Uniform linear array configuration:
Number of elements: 12
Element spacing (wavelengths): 0.25
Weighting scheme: cosine
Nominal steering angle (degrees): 45
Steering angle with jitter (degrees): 43.87
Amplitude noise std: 0.05
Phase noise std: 0.05

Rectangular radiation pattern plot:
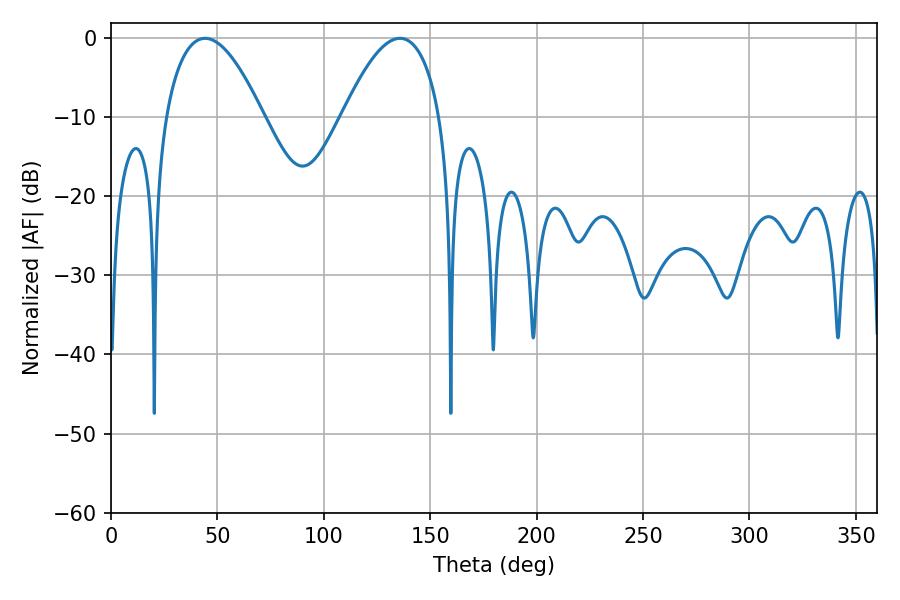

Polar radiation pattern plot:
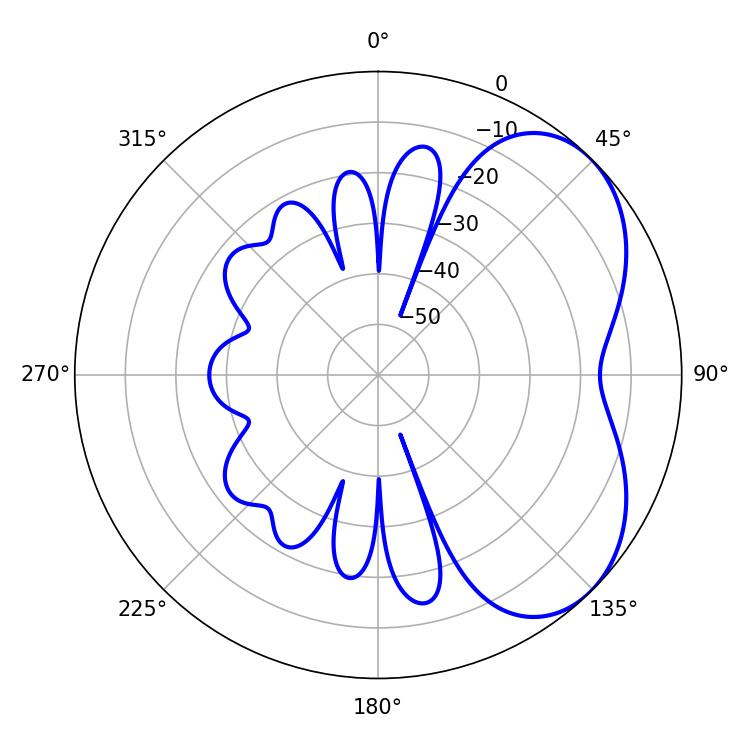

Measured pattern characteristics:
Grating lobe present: FALSE
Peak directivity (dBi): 4.647
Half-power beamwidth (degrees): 25.38
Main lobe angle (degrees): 44.28